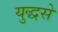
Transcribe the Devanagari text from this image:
युद्धसे